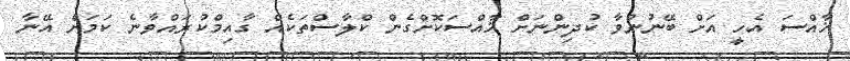
ޚާއްސަ އެހީ އަށް ބޭނުންވާ ކުދިންނަށް ޚާއްސަކޮށްގެން ކްލާސްތަކެއް ގާއިމްކުރައްވާނެ ކަމަށް އޭނާ